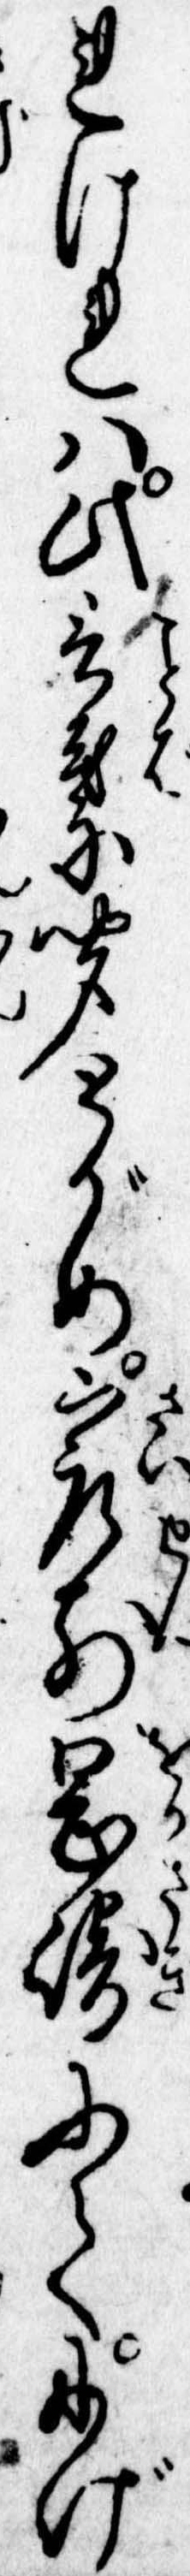
れけれは此言葉聞とがめ最前岡崎にてにげ